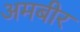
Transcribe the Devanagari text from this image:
अमबीर